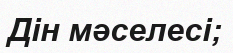
Дін мәселесі;